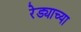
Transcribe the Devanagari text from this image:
रेड्याच्या